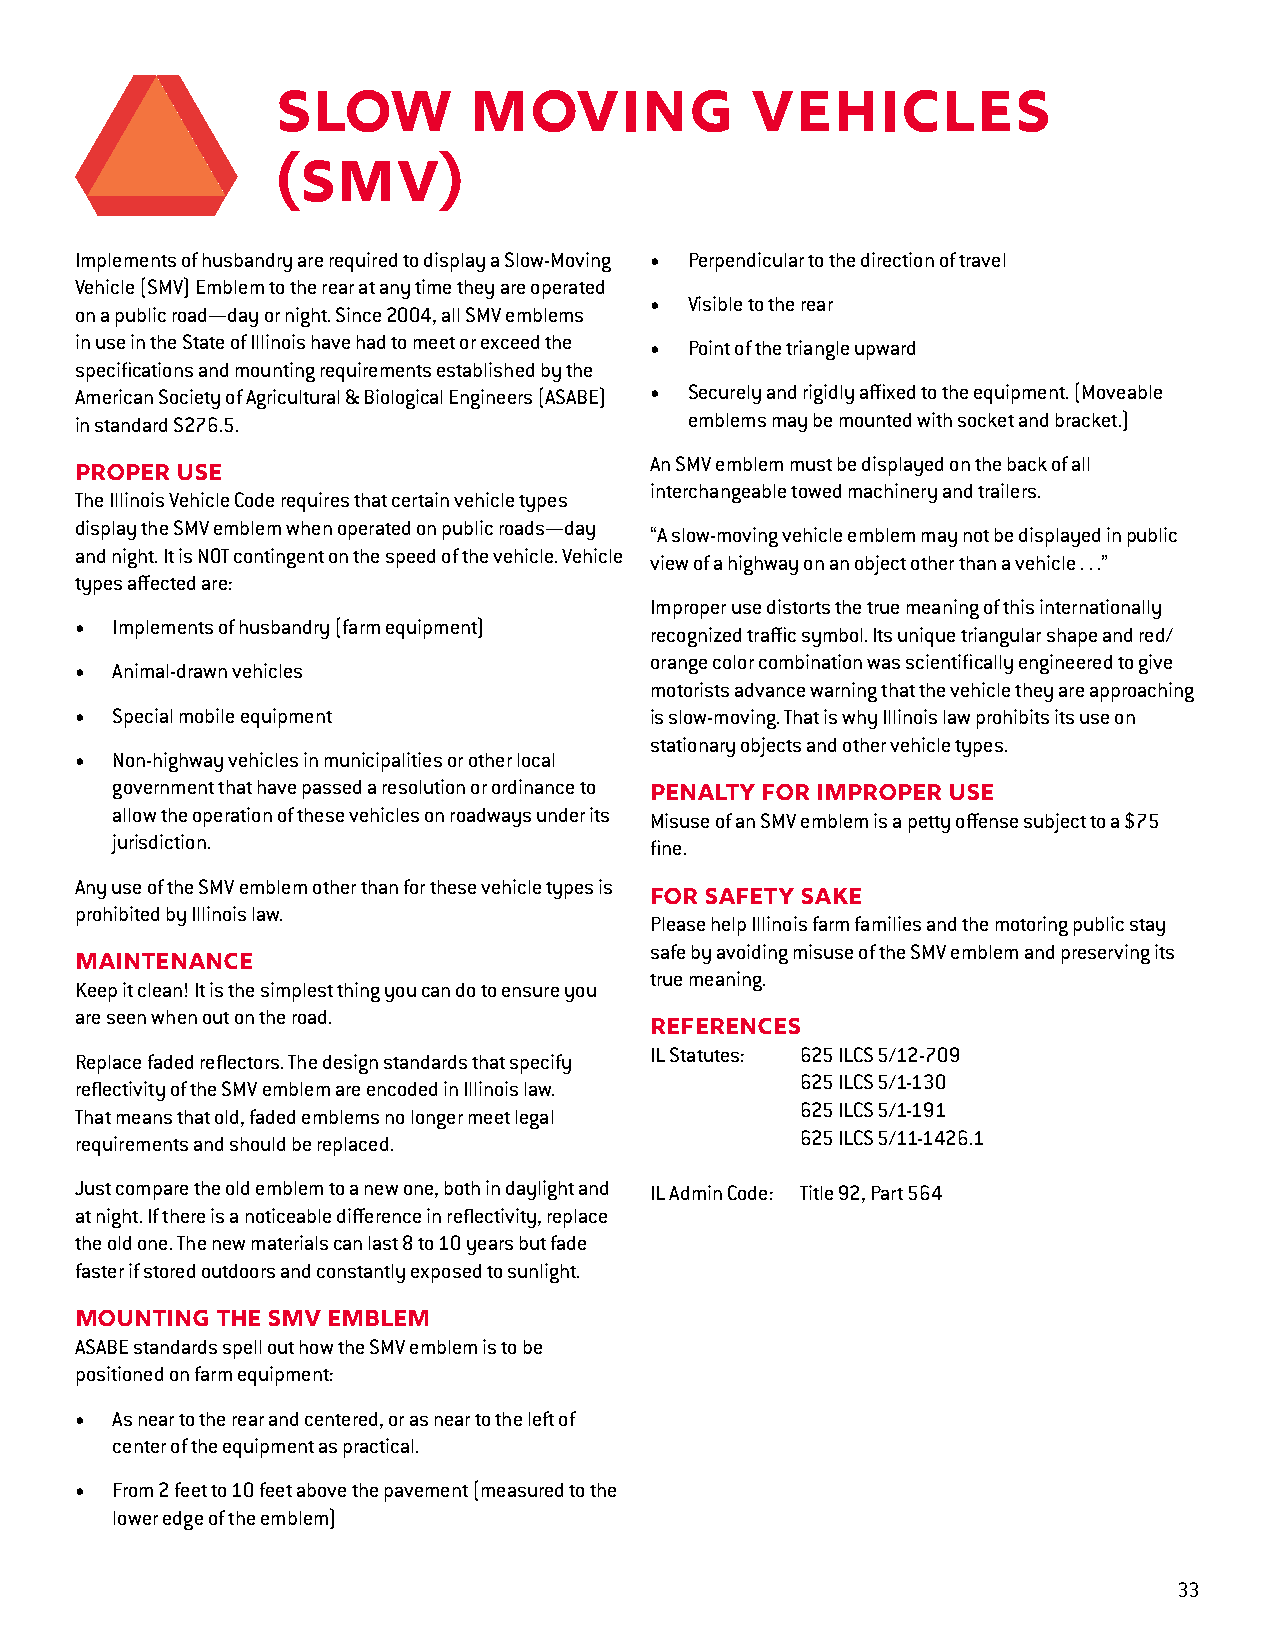
Slow         Moving             Vehicles
 (SMV)
 Implements of husbandry are required to display a Slow-Moving • Perpendicular to the direction of travel
 Vehicle (SMV) Emblem to the rear at any time they are operated
 •  Visible to the rear
 on a public road—day or night. Since 2004, all SMV emblems
 in use in the State of Illinois have had to meet or exceed the • Point of the triangle upward
 specifications and mounting requirements established by the
 American Society of Agricultural & Biological Engineers (ASABE) • Securely and rigidly affixed to the equipment. (Moveable
 in standard S276.5.                      emblems may be mounted with socket and bracket.)
 An SMV emblem must be displayed on the back of all
 Proper Use
 interchangeable towed machinery and trailers.
 The Illinois Vehicle Code requires that certain vehicle types
 display the SMV emblem when operated on public roads—day
 “A slow-moving vehicle emblem may not be displayed in public
 and night. It is NOT contingent on the speed of the vehicle. Vehicle
 view of a highway on an object other than a vehicle . . .”
 types affected are:
 Improper use distorts the true meaning of this internationally
 • Implements of husbandry (farm equipment)
 recognized traffic symbol. Its unique triangular shape and red/
 orange color combination was scientifically engineered to give
 • Animal-drawn vehicles
 motorists advance warning that the vehicle they are approaching
 • Special mobile equipment            is slow-moving. That is why Illinois law prohibits its use on
 stationary objects and other vehicle types.
 • Non-highway vehicles in municipalities or other local
 government that have passed a resolution or ordinance to
 Penalty for improper use
 allow the operation of these vehicles on roadways under its Misuse of an SMV emblem is a petty offense subject to a $75
 jurisdiction.                       fine.
 Any use of the SMV emblem other than for these vehicle types is
 For safety sake
 prohibited by Illinois law.
 Please help Illinois farm families and the motoring public stay
 safe by avoiding misuse of the SMV emblem and preserving its
 Maintenance
 true meaning.
 Keep it clean! It is the simplest thing you can do to ensure you
 are seen when out on the road.
 References
 IL Statutes: 625 ILCS 5/12-709
 Replace faded reflectors. The design standards that specify
 625 ILCS 5/1-130
 reflectivity of the SMV emblem are encoded in Illinois law.
 625 ILCS 5/1-191
 That means that old, faded emblems no longer meet legal
 625 ILCS 5/11-1426.1
 requirements and should be replaced.
 Just compare the old emblem to a new one, both in daylight and IL Admin Code: Title 92, Part 564
 at night. If there is a noticeable difference in reflectivity, replace
 the old one. The new materials can last 8 to 10 years but fade
 faster if stored outdoors and constantly exposed to sunlight.
 Mounting the SMV Emblem
 ASABE standards spell out how the SMV emblem is to be
 positioned on farm equipment:
 • As near to the rear and centered, or as near to the left of
 center of the equipment as practical.
 • From 2 feet to 10 feet above the pavement (measured to the
 lower edge of the emblem)
 3333